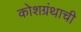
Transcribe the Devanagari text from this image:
कोशग्रंथाची